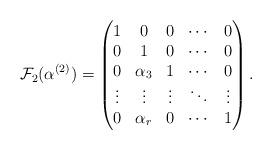
LaTeX: \begin{align*}\mathcal{F}_2(\alpha^{(2)})=\begin{pmatrix} 1 & 0 & 0 & \cdots & 0 \\ 0 & 1 & 0 & \cdots & 0 \\ 0 & \alpha_{3} & 1 & \cdots & 0 \\\vdots & \vdots & \vdots & \ddots & \vdots \\ 0 & \alpha_{r} & 0 & \cdots & 1\end{pmatrix}.\end{align*}